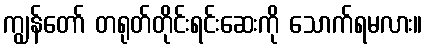
ကျွန်တော် တရုတ်တိုင်းရင်းဆေးကို သောက်ရမလား။